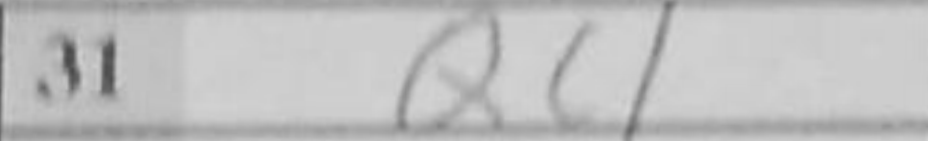
Transcription: Qc1